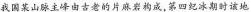
我国某山脉主峰由古老的片麻岩构成，第四纪冰期时该地